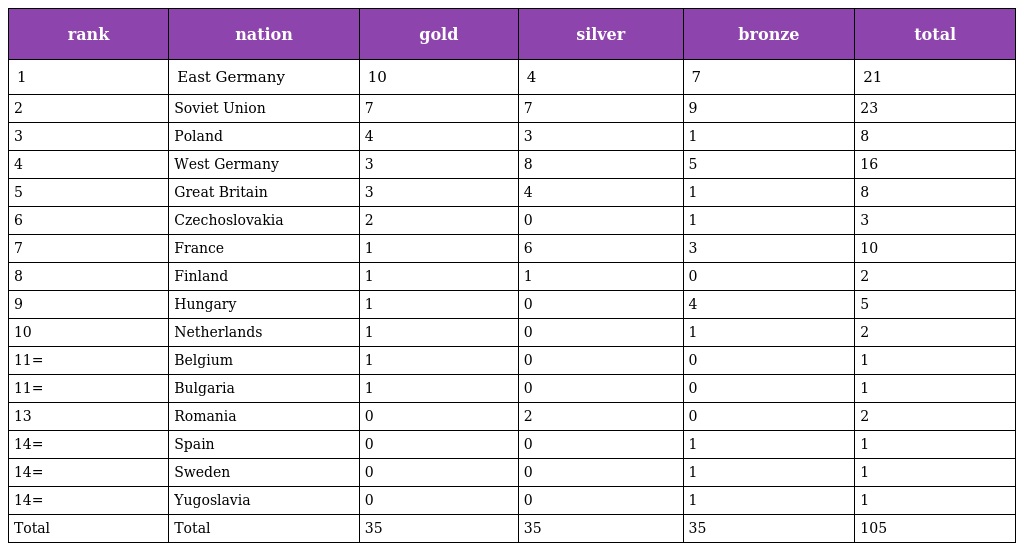
| rank | nation | gold | silver | bronze | total |
 | --- | --- | --- | --- | --- | --- |
 | 1 | East Germany | 10 | 4 | 7 | 21 |
 | 2 | Soviet Union | 7 | 7 | 9 | 23 |
 | 3 | Poland | 4 | 3 | 1 | 8 |
 | 4 | West Germany | 3 | 8 | 5 | 16 |
 | 5 | Great Britain | 3 | 4 | 1 | 8 |
 | 6 | Czechoslovakia | 2 | 0 | 1 | 3 |
 | 7 | France | 1 | 6 | 3 | 10 |
 | 8 | Finland | 1 | 1 | 0 | 2 |
 | 9 | Hungary | 1 | 0 | 4 | 5 |
 | 10 | Netherlands | 1 | 0 | 1 | 2 |
 | 11= | Belgium | 1 | 0 | 0 | 1 |
 | 11= | Bulgaria | 1 | 0 | 0 | 1 |
 | 13 | Romania | 0 | 2 | 0 | 2 |
 | 14= | Spain | 0 | 0 | 1 | 1 |
 | 14= | Sweden | 0 | 0 | 1 | 1 |
 | 14= | Yugoslavia | 0 | 0 | 1 | 1 |
 | Total | Total | 35 | 35 | 35 | 105 |